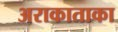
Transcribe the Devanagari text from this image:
अराकाताका